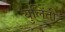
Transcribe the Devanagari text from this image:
युलिंती